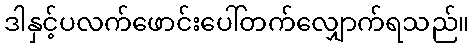
ဒါနှင့်ပလက်ဖောင်းပေါ်တက်လျှောက်ရသည်။